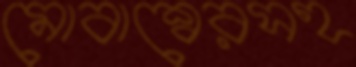
মোবাশ্বেরসহ